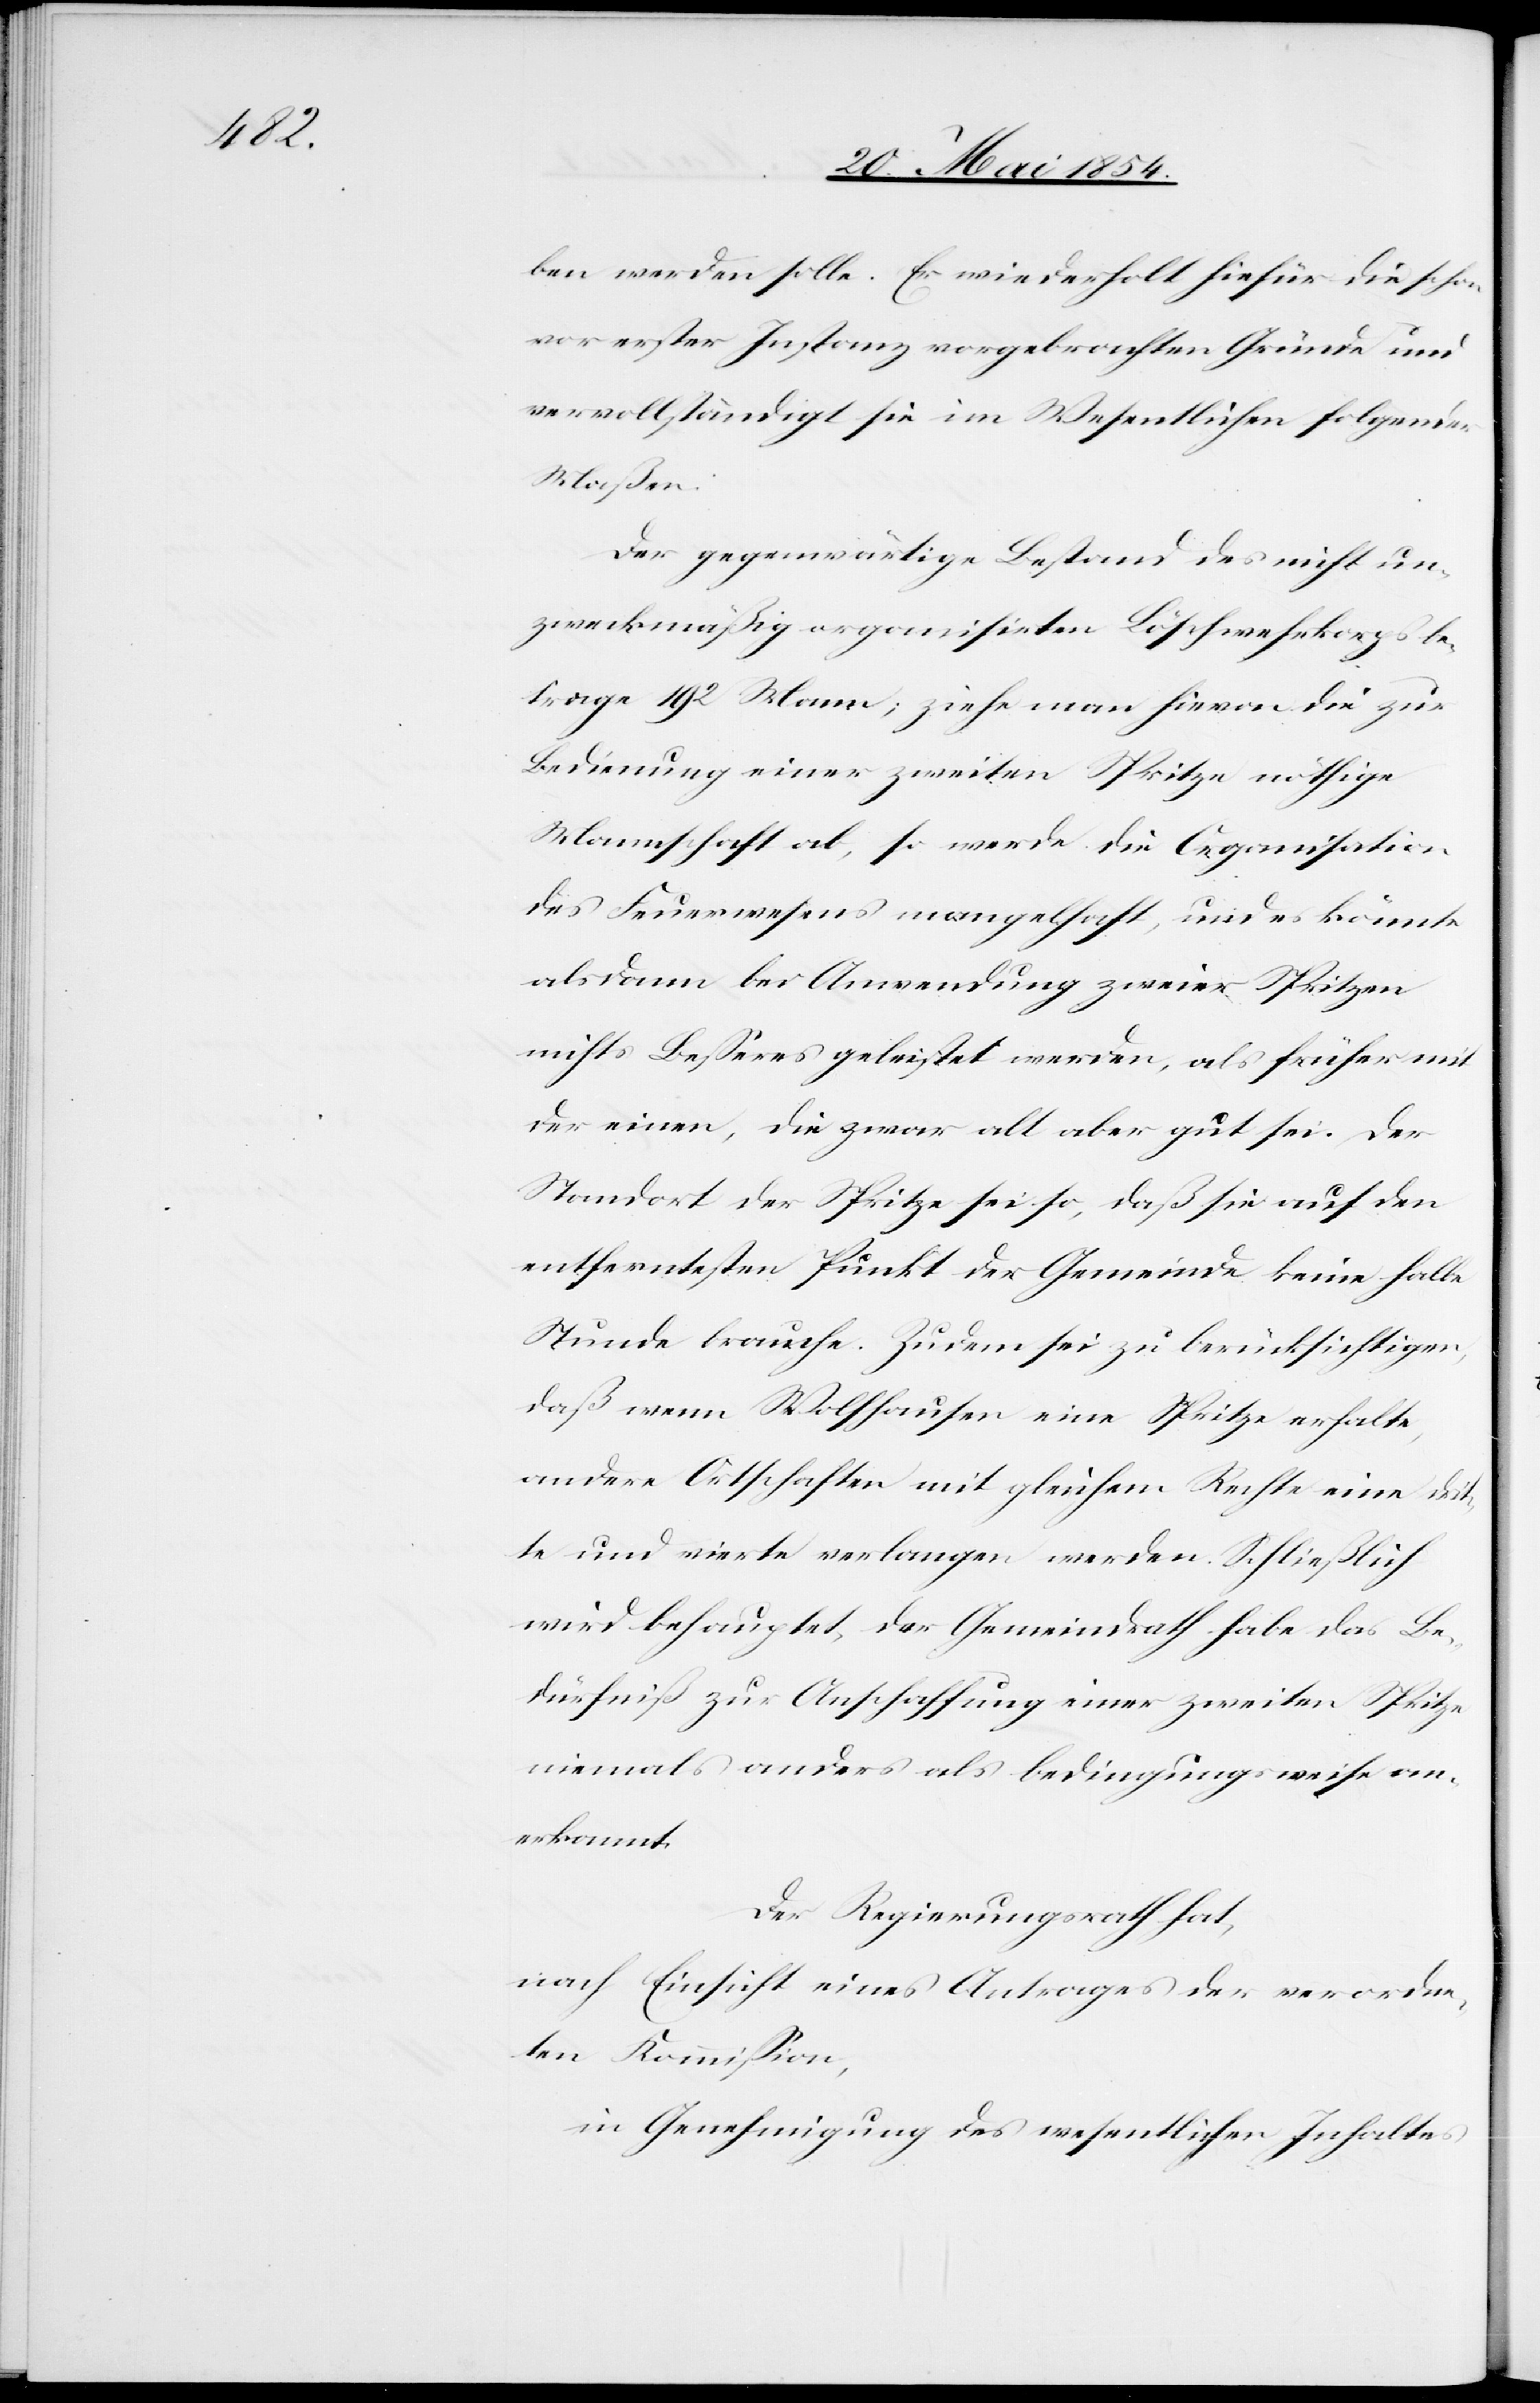
ben werden solle. Er wiederholt hiefür die schon
vor erster Instanz vorgebrachten Gründe und
vervollständigt sie im Wesentlichen folgender
Maßen:
Der gegenwärtige Bestand des nicht un¬
zweckmäßig organisirten Löschwehrkorps be¬
trage 192 Mann; ziehe man hievon die zur
Bedienung einer zweiten Spritze nöthige
Mannschaft ab, so werde die Organisation
des Feuerwesens mangelhaft, und es könnte
alsdann bei Anwendung zweier Spritzen
nichts Beßeres geleistet werden, als früher mit
der einen, die zwar alt aber gut sei. Der
Standort der Spritze sei so, daß sie auf den
entferntesten Punkt der Gemeinde keine halbe
Stunde brauche. Zudem sei zu berücksichtigen,
daß wenn Wolfhausen eine Spritze erhalte,
andere Ortschaften mit gleichem Rechte eine drit¬
te und vierte verlangen werden. Schließlich
wird behauptet, der Gemeindrath habe das Be¬
dürfniß zur Anschaffung einer zweiten Spritze
niemals anders als bedingungsweise an¬
erkannt.
Der Regierungsrath hat,
nach Einsicht eines Antrages der verordne¬
ten Kommißion,
in Genehmigung des wesentlichen Inhaltes